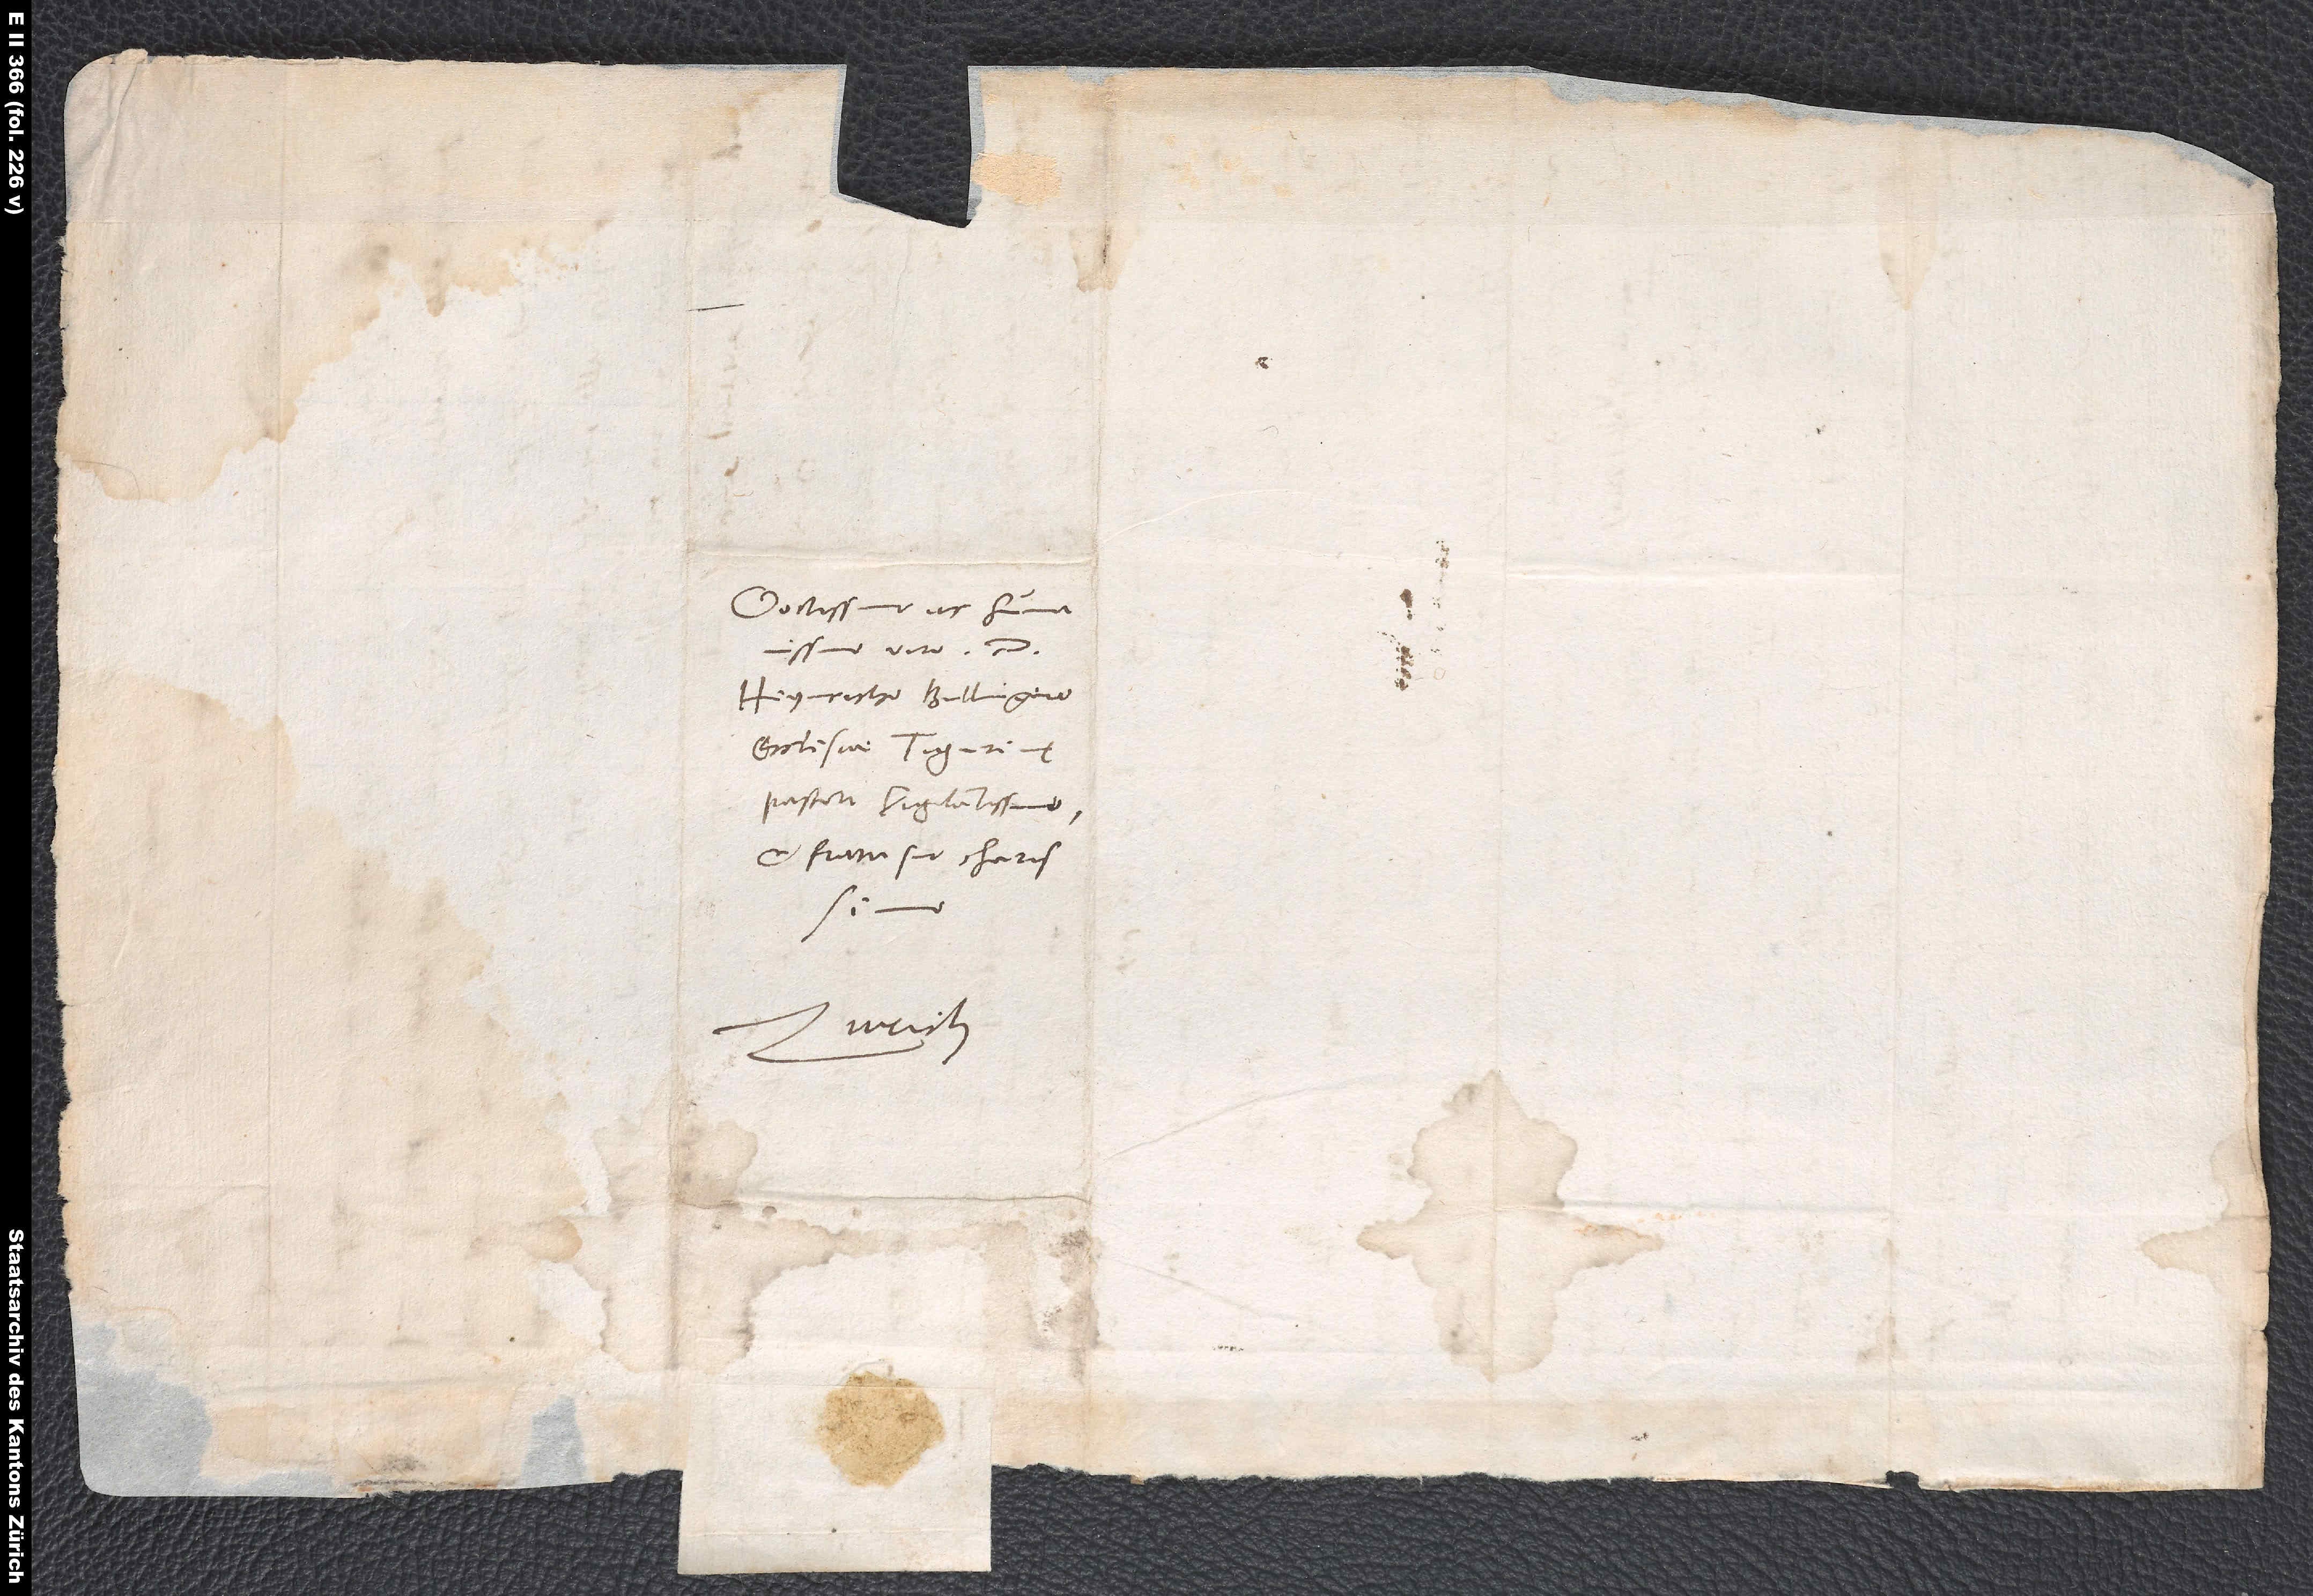
Doctissimo ac humanissimo
Heynricho Bullingero,
ecclesiae Tigurinę
pastori vigilantissimo
et fratri suo charissimo.
Zurich.